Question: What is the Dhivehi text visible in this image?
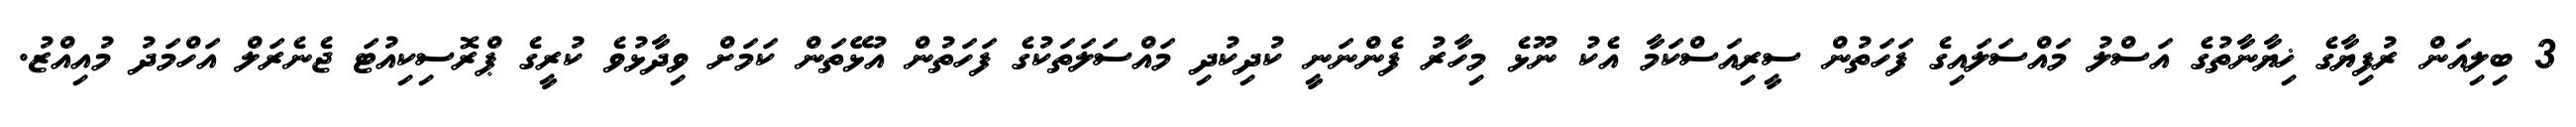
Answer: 3 ބިލިއަން ރުފިޔާގެ ޚިޔާނާތުގެ އަސްލު މައްސަލައިގެ ފަހަތުން ސީރިއަސްކަމާ އެކު ނޫޅެ މިހާރު ފެންނަނީ ކުދިކުދި މައްސަލަތަކުގެ ފަހަތުން އުޅޭތަން ކަމަށް ވިދާޅުވެ ކުރީގެ ޕްރޮސިކިއުޓަ ޖެނެރަލް އަހްމަދު މުއިއްޒު.